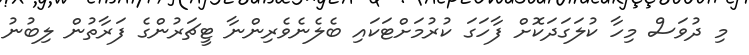
މި ދުވަސް މިހާ ކުލަގަދަކޮށް ފާހަގަ ކުރުމަށްޓަކައި ބެލެނެވެރިންނާ ޓީޗަރުންގެ ފަރާތުން ލިބުނު